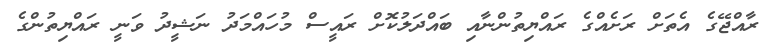
ރާއްޖޭގެ އެތަށް ރަށެއްގެ ރައްޔިތުންނާއި ބައްދަލުކޮށް ރައީސް މުހައްމަދު ނަޝީދު ވަނީ ރައްޔިތުންގެ